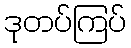
ဒုတပ်ကြပ်